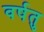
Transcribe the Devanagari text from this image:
वर्षतु